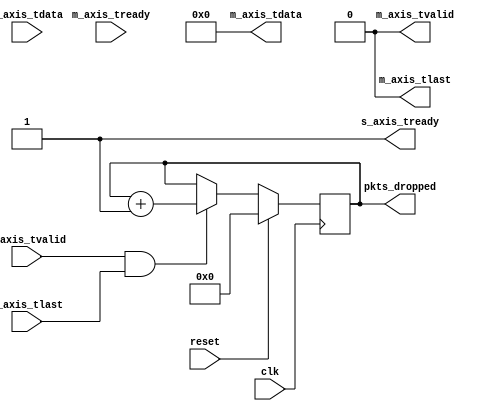
//
// Copyright 2018 Ettus Research, A National Instruments Company
//
// SPDX-License-Identifier: LGPL-3.0-or-later
//
// Module: axis_port_terminator
// Description:
//   A dummy terminator for unused crossbar ports

module axis_port_terminator #(
  parameter DATA_W = 64
) (
  // Clocks and resets
  input  wire               clk,
  input  wire               reset,
  // Input ports
  input  wire [DATA_W-1:0]  s_axis_tdata,   // Input data
  input  wire               s_axis_tlast,   // Input EOP (last)
  input  wire               s_axis_tvalid,  // Input valid
  output wire               s_axis_tready,  // Input ready
  // Output ports
  output wire [DATA_W-1:0]  m_axis_tdata,   // Output data
  output wire               m_axis_tlast,   // Output EOP (last) 
  output wire               m_axis_tvalid,  // Output valid
  input  wire               m_axis_tready,  // Output ready
  // Metrics
  output reg  [15:0]        pkts_dropped
);

  assign s_axis_tready  = 1'b1;
  assign m_axis_tdata   = {DATA_W{1'b0}};
  assign m_axis_tlast   = 1'b0;
  assign m_axis_tvalid  = 1'b0;

  always @(posedge clk) begin
    if (reset) begin
      pkts_dropped <= 'd0;
    end else if (s_axis_tvalid & s_axis_tlast & s_axis_tready) begin
      pkts_dropped <= pkts_dropped + 'd1;
    end
  end

endmodule